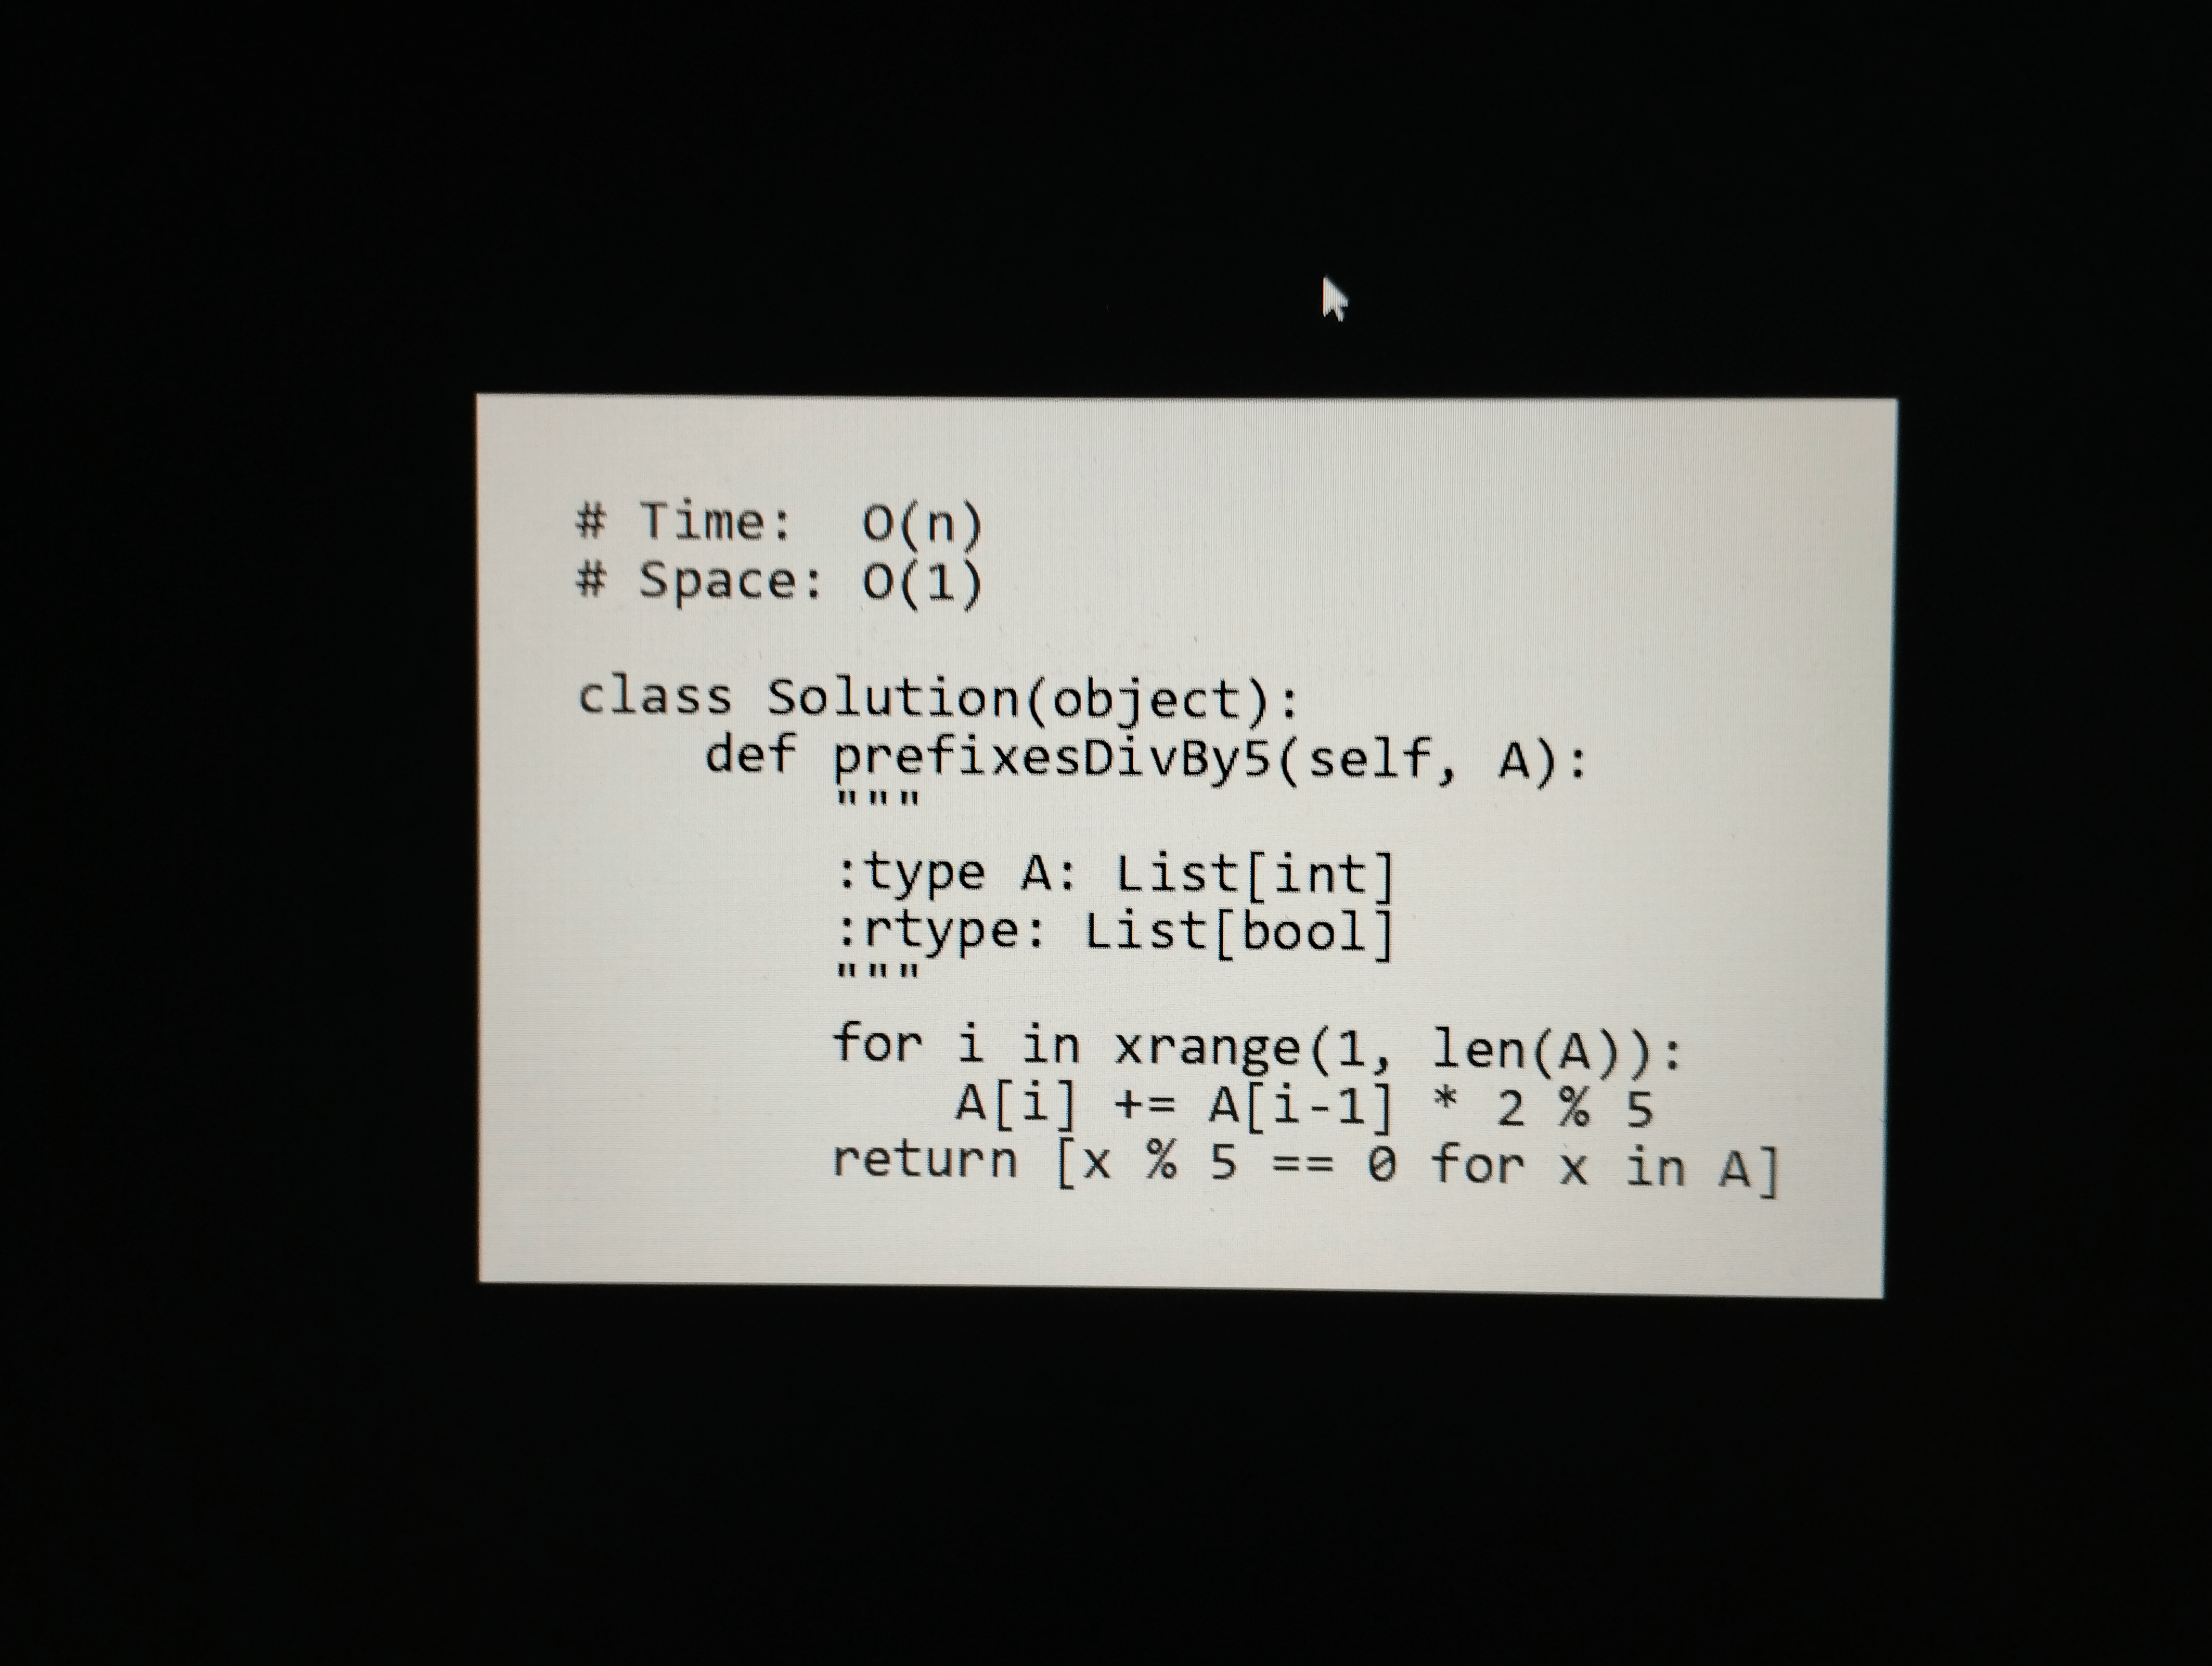
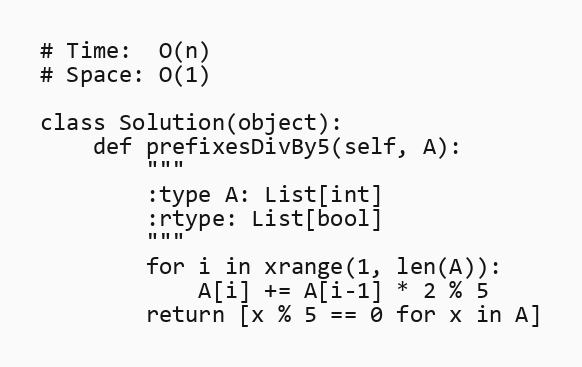
# Time:  O(n)
# Space: O(1)

class Solution(object):
    def prefixesDivBy5(self, A):
        """
        :type A: List[int]
        :rtype: List[bool]
        """
        for i in xrange(1, len(A)):
            A[i] += A[i-1] * 2 % 5
        return [x % 5 == 0 for x in A]